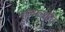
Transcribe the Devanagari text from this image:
गुल्मव्याधि